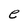
Character: e